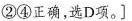
②④正确，选D项。]